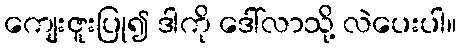
ကျေးဇူးပြု၍ ဒါကို ဒေါ်လာသို့ လဲပေးပါ။